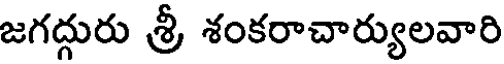
జగద్గురు శ్రీ శంకరాచార్యులవారి